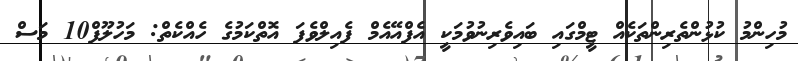
މުހިންމު ކުޅުންތެރިންތަކެއް ޓީމްގައި ބައިވެރިނުވުމަކީ އެފްއޭއެމް ފެއިލްވެފަ އޮތްކަމުގެ ހެއްކެތް: މަހުލޫފް10 މަސް